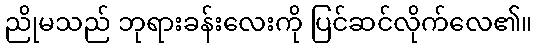
ညိုမသည် ဘုရားခန်းလေးကို ပြင်ဆင်လိုက်လေ၏။